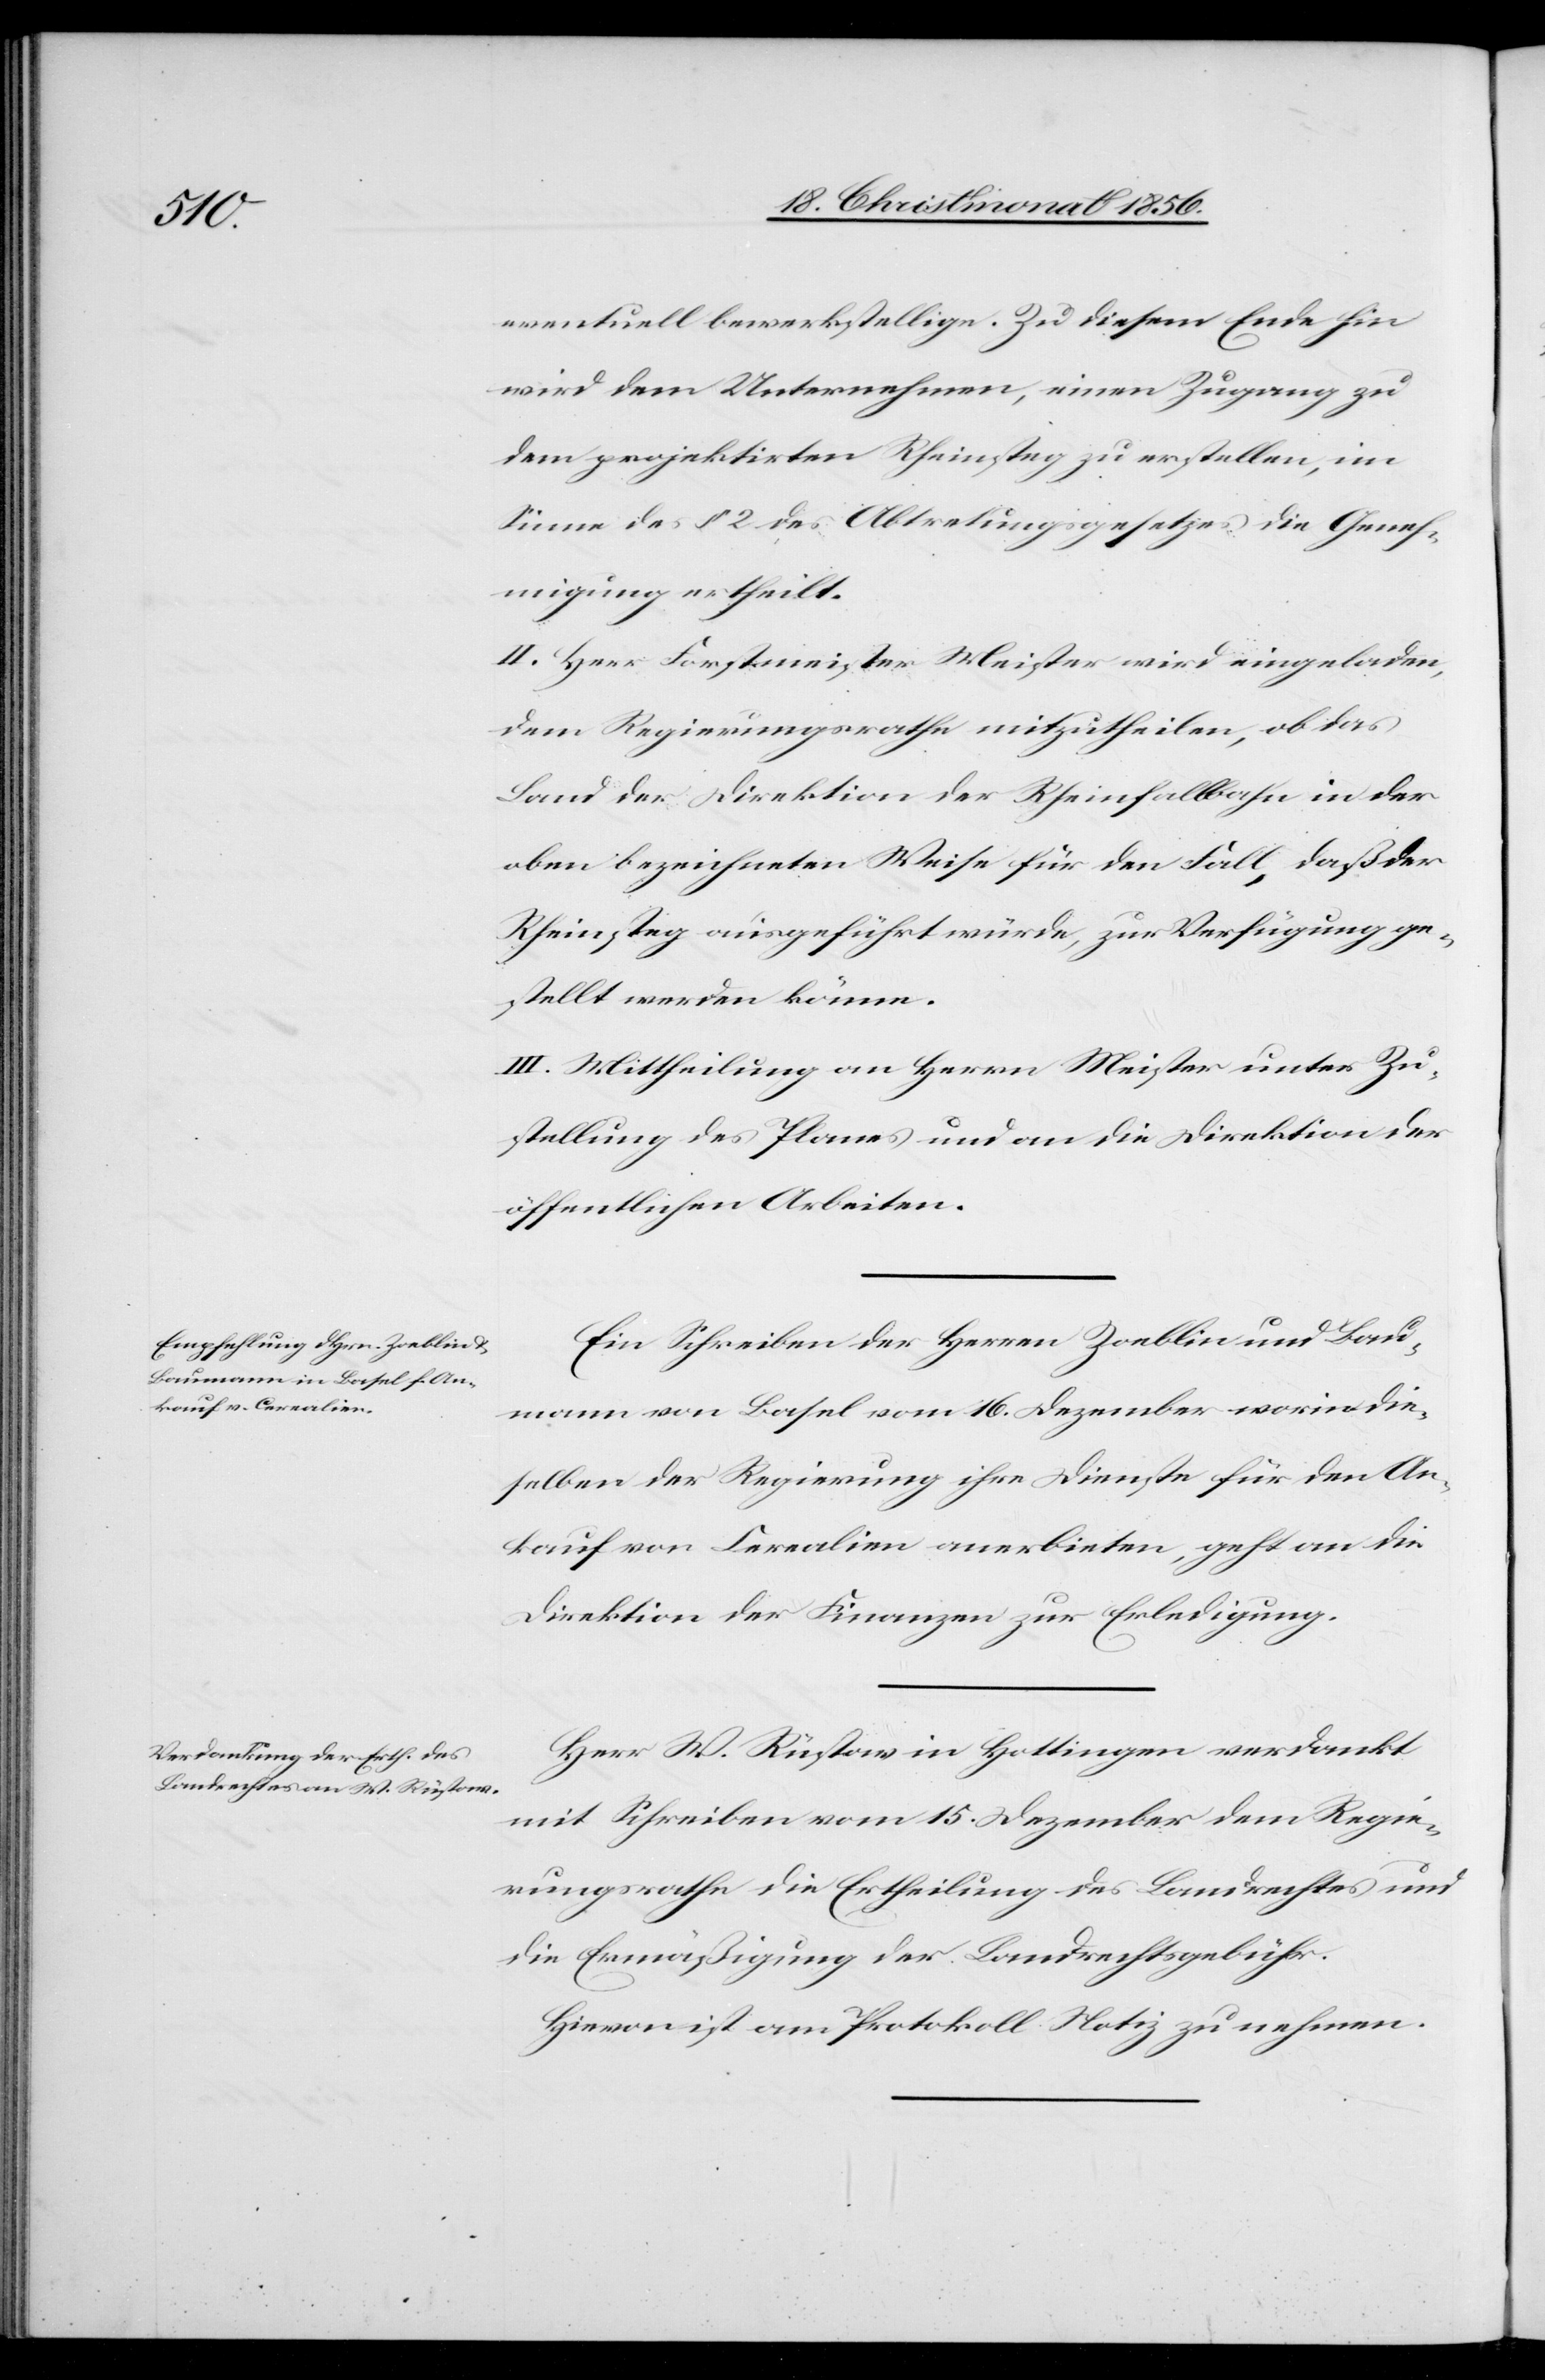
eventuell bewerkstellige. Zu diesem Ende hin
wird dem Unternehmen, einen Zugang zu
dem projektirten Rheinsteg zu erstellen, im
Sinne des § 2 des Abtretungsgesetzes die Geneh¬
migung ertheilt.
II. Herr Forstmeister Meister wird eingeladen,
dem Regierungsrathe mitzutheilen, ob das
Land der Direktion der Rheinfallbahn in der
oben bezeichneten Weise für den Fall, daß der
Rheinsteg ausgeführt würde, zur Verfügung ge¬
stellt werden könne.
III. Mittheilung an Herrn Meister unter Zu¬
stellung des Planes und an die Direktion der
öffentlichen Arbeiten.
Ein Schreiben der Herren Zoeblin und Bau¬
mann von Basel vom 16. Dezember worin die¬
selben der Regierung ihre Dienste für den An¬
kauf von Cerealien anerbieten, geht an die
Direktion der Finanzen zur Erledigung.
Herr W. Rüstow in Hottingen verdankt
mit Schreiben vom 15. Dezember dem Regie¬
rungsrathe die Ertheilung des Landrechtes und
die Ermäßigung der Landrechtsgebühr.
Hievon ist am Protokoll Notiz zu nehmen.